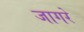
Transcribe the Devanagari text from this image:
जागरे